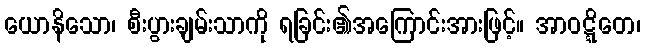
ယောနိသော၊ စီးပွားချမ်းသာကို ရခြင်း၏အကြောင်းအားဖြင့်။ အာဝဋ္ဋိတေ၊